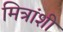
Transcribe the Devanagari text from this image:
मित्रांशी